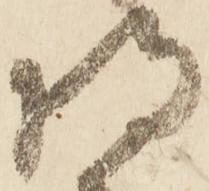
将